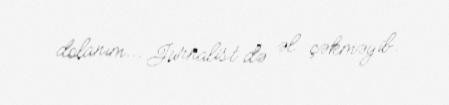
dolanım... Jurnalist də əl çəkməyib.